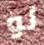
لو